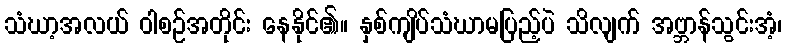
သံဃာ့အလယ် ဝါစဉ်အတိုင်း နေနိုင်၏။ နှစ်ကျိပ်သံဃာမပြည့်ပဲ သိလျက် အဗ္ဘာန်သွင်းအံ့၊